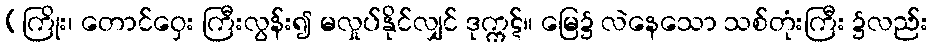
(ကြိုး၊ တောင်ဝှေး ကြီးလွန်း၍ မလှုပ်နိုင်လျှင် ဒုက္ကဋ်။ မြေ၌ လဲနေသော သစ်တုံးကြီး ၌လည်း